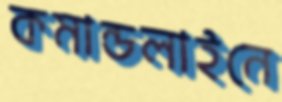
কমান্ডলাইনে